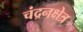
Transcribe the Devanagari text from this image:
चंद्रनक्षेत्र